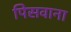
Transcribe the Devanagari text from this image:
पिसवाना